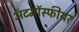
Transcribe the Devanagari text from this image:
ॲटमॉस्फीयर